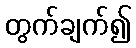
တွက်ချက်၍